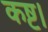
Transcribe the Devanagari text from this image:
कष्ट।